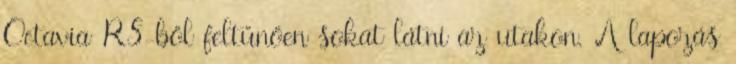
Octavia RS-ből feltűnően sokat látni az utakon. A lapozás